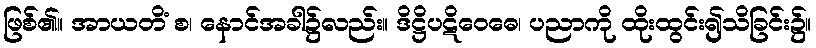
ဖြစ်၏။ အာယတိံ စ၊ နောင်အခါ၌လည်း။ ဒိဋ္ဌိပဋိဝေဓေ၊ ပညာကို ထိုးထွင်း၍သိခြင်း၌။